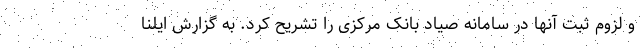
و لزوم ثبت آنها در سامانه صیاد بانک مرکزی را تشریح کرد. به گزارش ایلنا